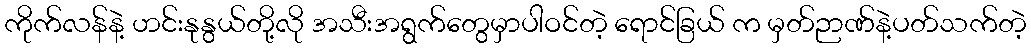
ကိုက်လန်နဲ့ ဟင်းနုနွယ်တို့လို အသီးအရွက်တွေမှာပါဝင်တဲ့ ရောင်ခြယ် က မှတ်ဉာဏ်နဲ့ပတ်သက်တဲ့